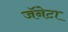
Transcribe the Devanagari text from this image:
जॅनेटा